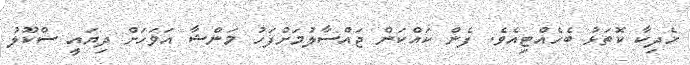
ހެދިކާ ކޮތަޅު ބެހެއްޓިއެވެ. ފެން ކައްކަން ޖައްސާލުމަށްފަހު މަންޝާ އަވަހަށް ދިޔައީ ސްކޫލު